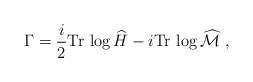
LaTeX: \begin{align*}\Gamma={i\over2}\mbox{Tr}\,\log\widehat{H} -i\mbox{Tr}\,\log\widehat{\cal M} \ ,\end{align*}